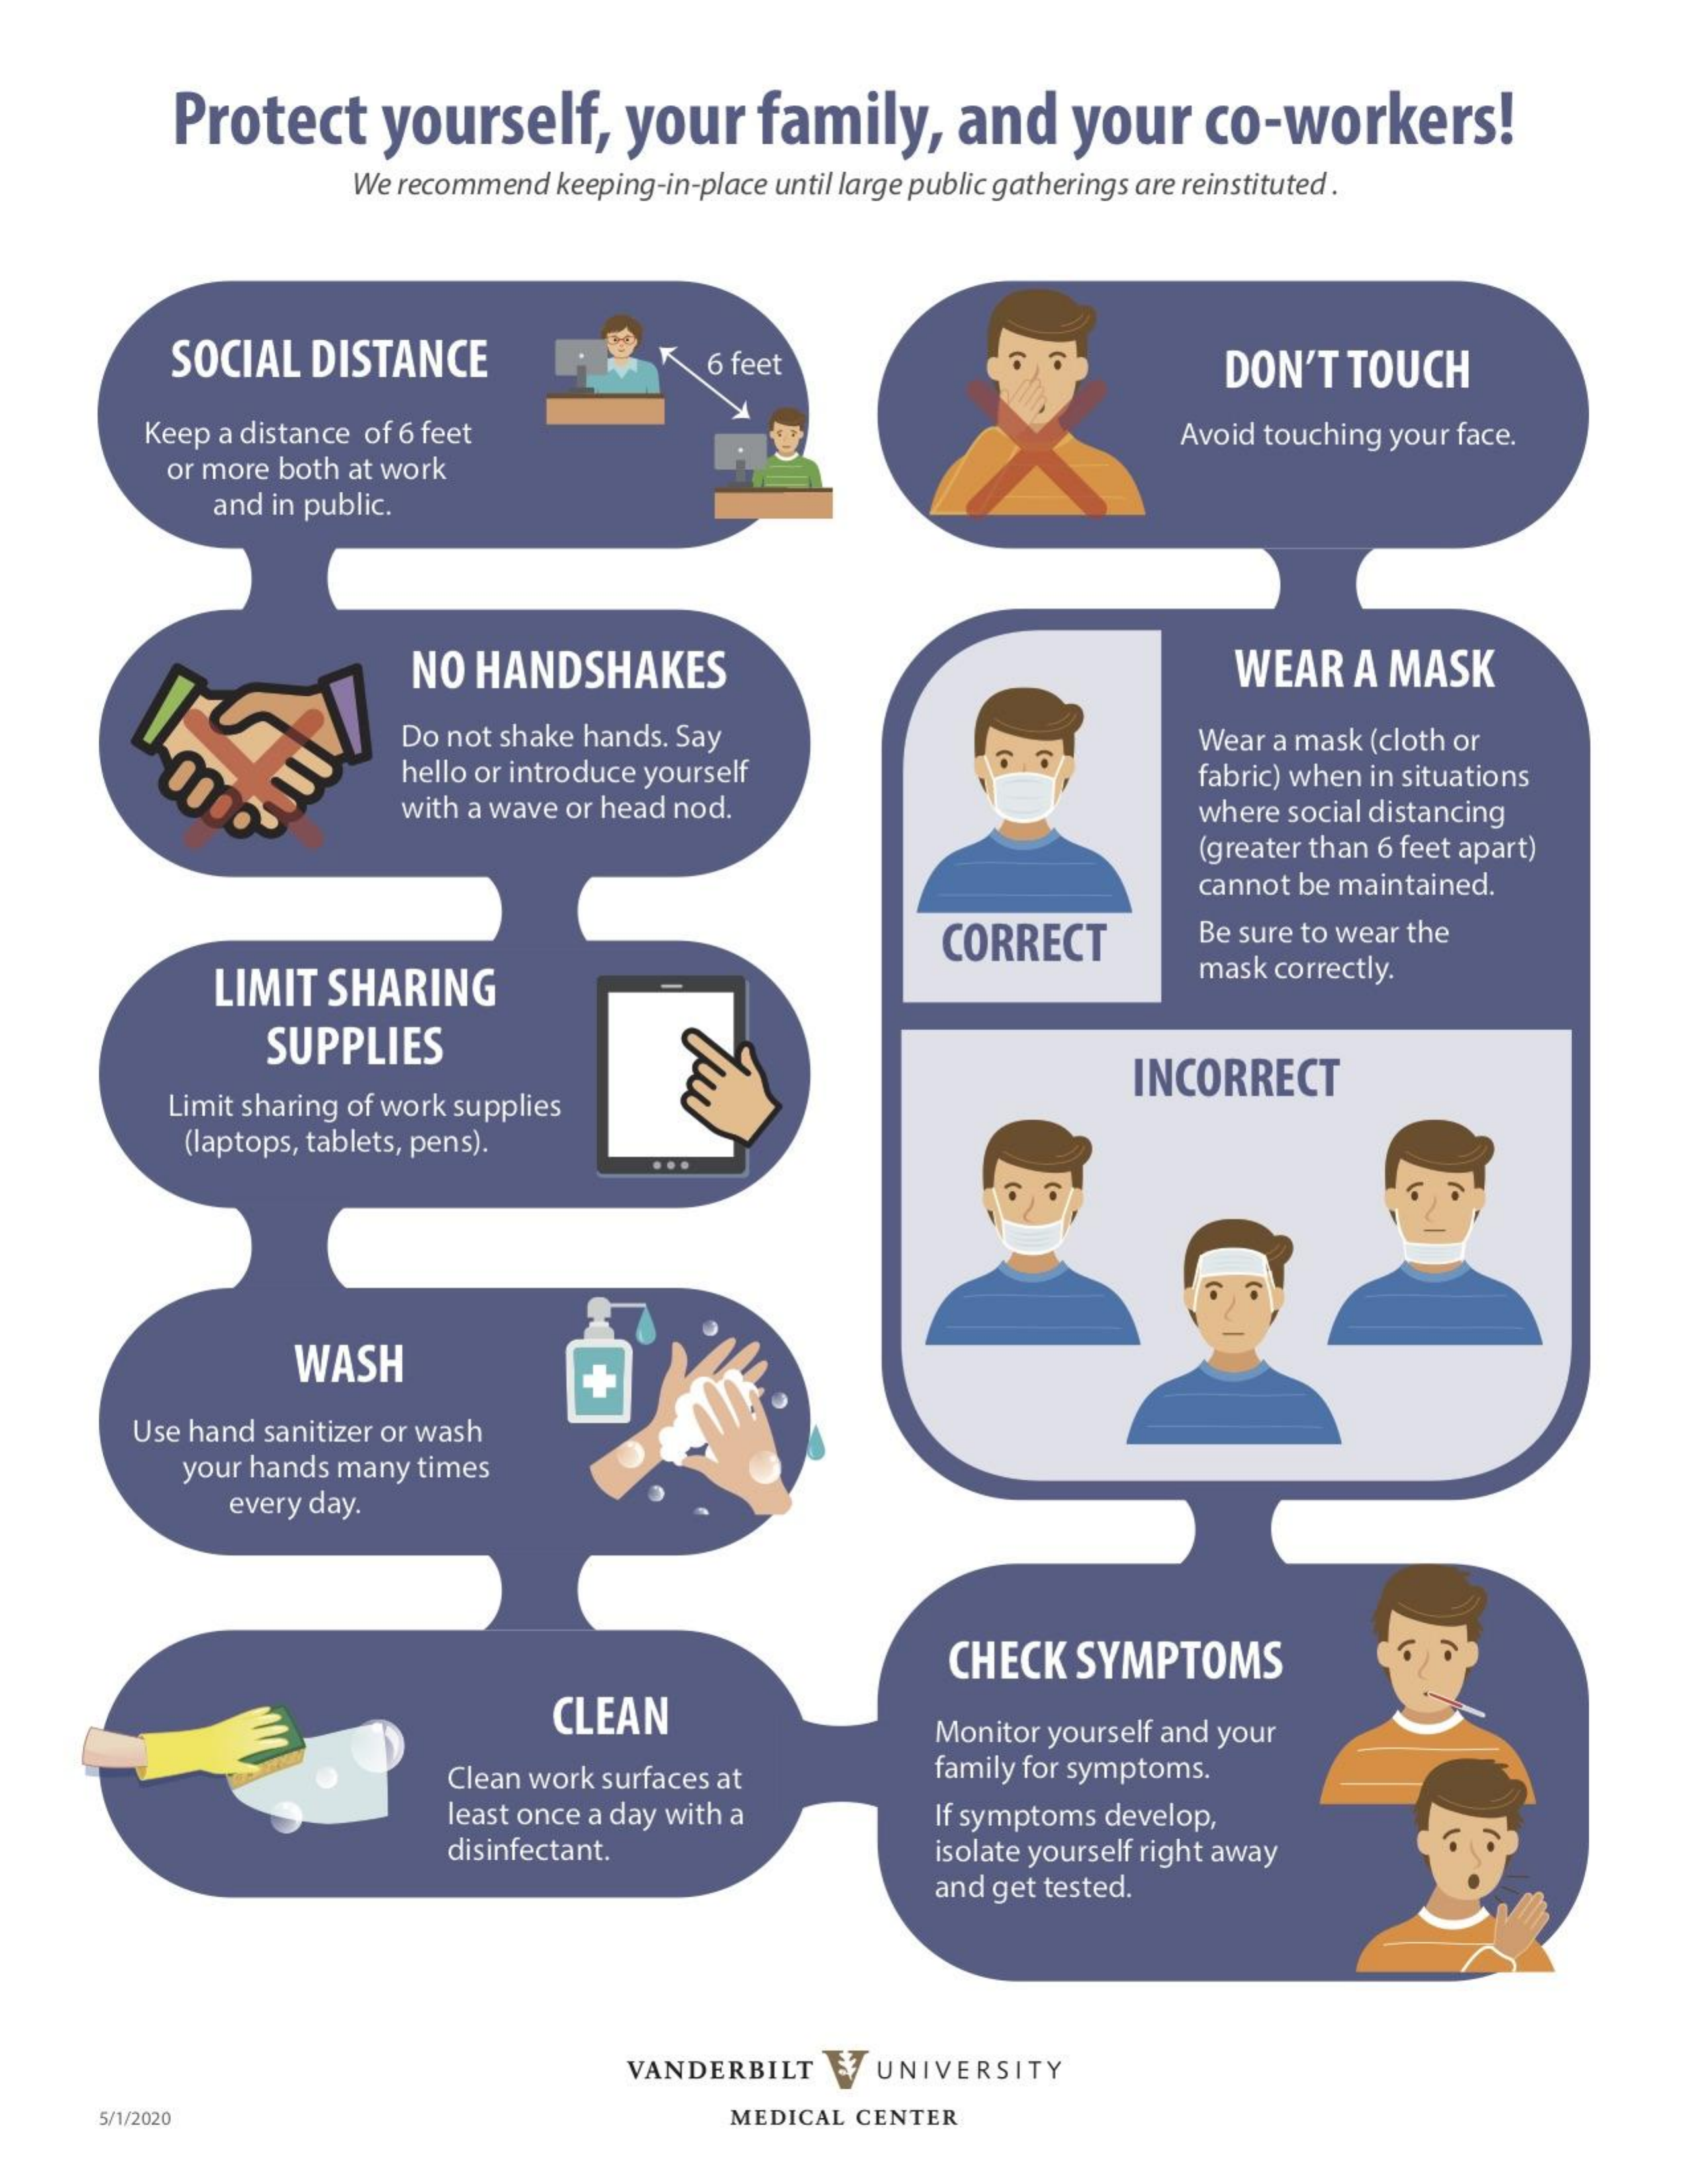
Protect    yourself,    your    family,    and    your    co-workers!
     We recommend  keeping-in-place until large public gatherings are reinstituted .
     SOCIAL   DISTANCE    6 feet    DON'T    TOUCH
     Keep a distance of 6 feet    Avoid touching your face.
     or more both at work
     and in public.
     NO  HANDSHAKES    WEAR    A MASK
     Do not shake hands. Say
     hello or introduce yourself
     Wear a mask (cloth or
     with a wave or head nod.
     fabric) when in situations
     where social distancing
     (greater than 6 feet apart)
     cannot be maintained.
     Be sure to wear the
     LIMIT   SHARING
     CORRECT
     mask correctly.
     SUPPLIES
     Limit sharing of work supplies
     INCORRECT
     (laptops, tablets, pens).
     WASH    +
     Use hand  sanitizer or wash
     your hands many times
     every day.
     CHECK    SYMPTOMS
     CLEAN
     Monitor yourself and your
     Clean work surfaces at    family for symptoms.
     least once a day with a    If symptoms develop,
     disinfectant.    isolate yourself right away
     and get tested.
     VANDERBILT    UNIVERSITY
     5/1/2020    MEDICAL  CENTER